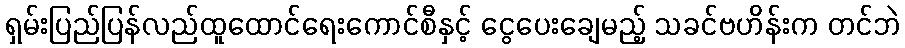
ရှမ်းပြည်ပြန်လည်ထူထောင်ရေးကောင်စီနှင့် ငွေပေးချေမည့် သခင်ဗဟိန်းက တင်ဘဲ